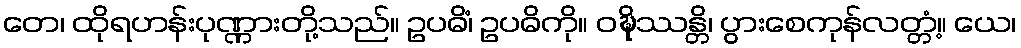
တေ၊ ထိုရဟန်းပုဏ္ဏားတို့သည်။ ဥပဓိံ၊ ဥပဓိကို။ ဝဍ္ဎိဿန္တိ၊ ပွားစေကုန်လတ္တံ့။ ယေ၊